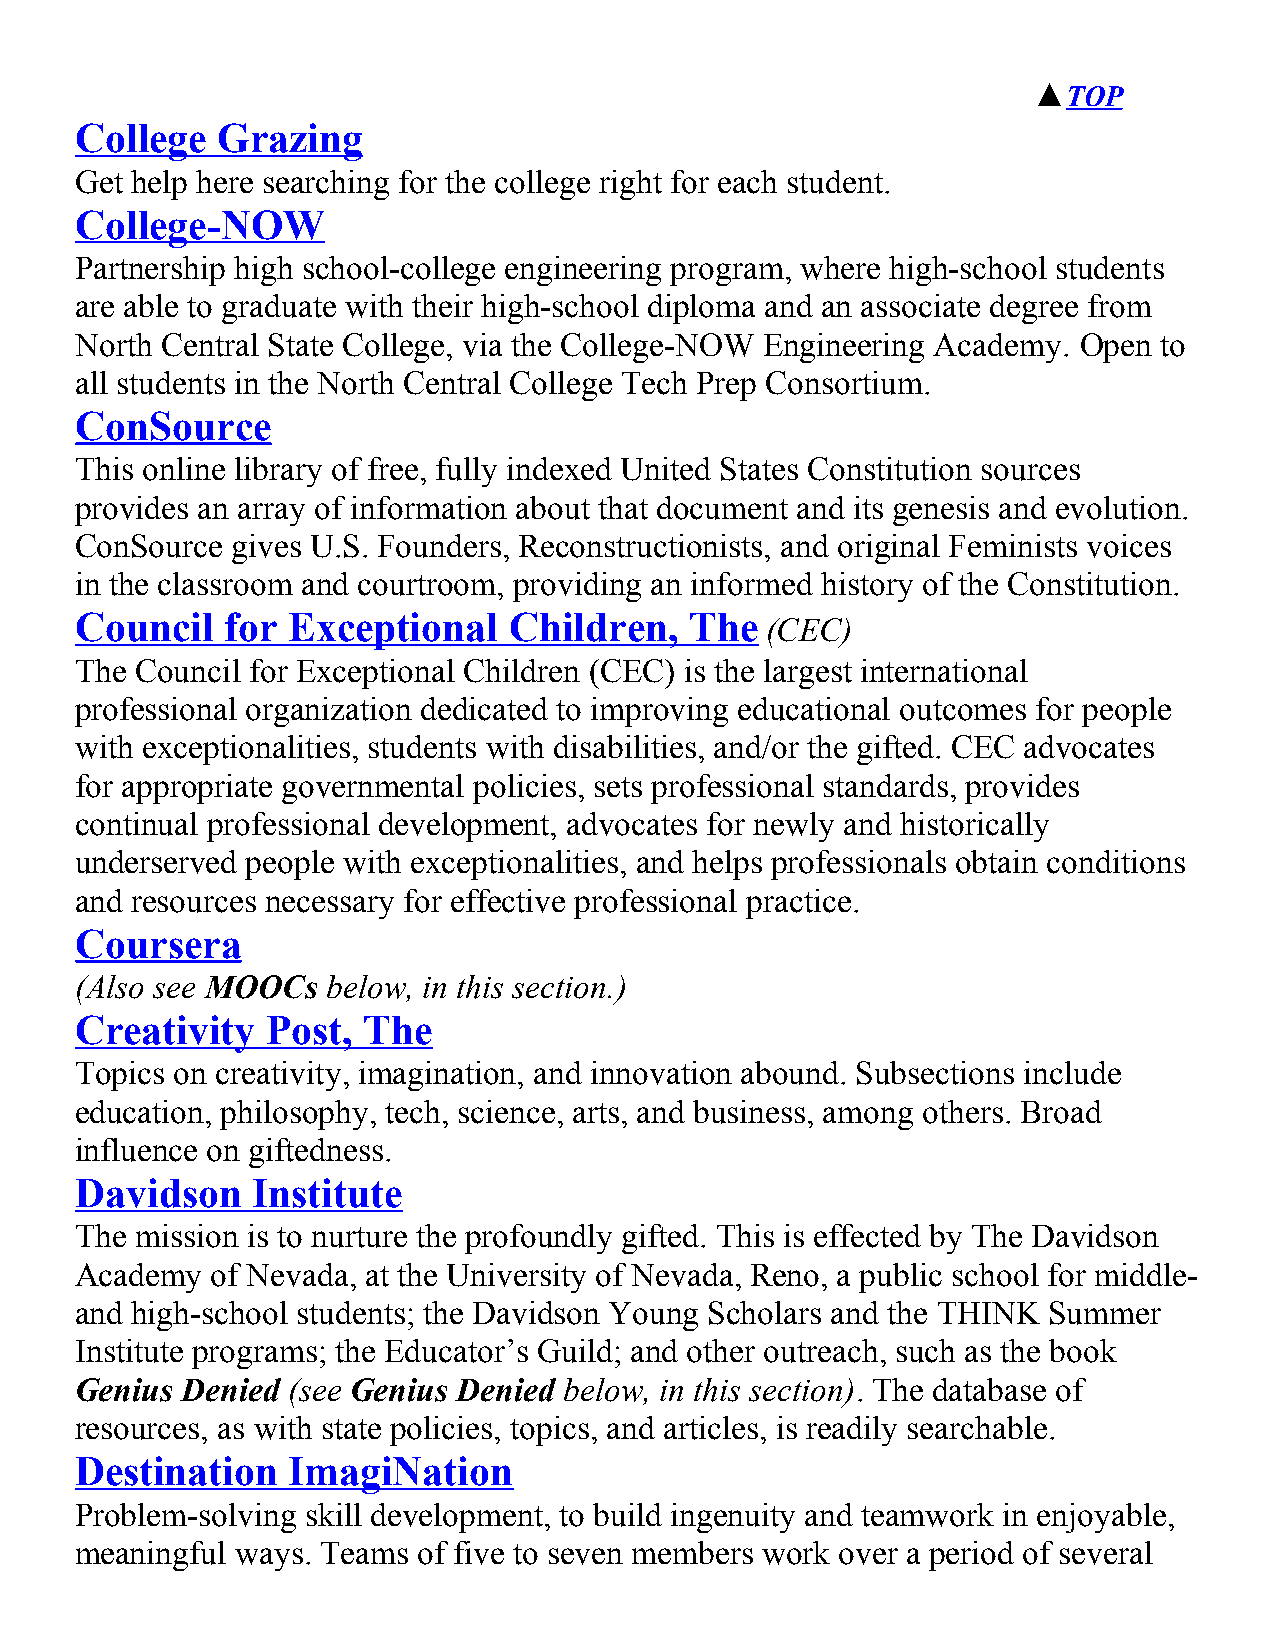
▲TOP
 College  Grazing
 Get help here searching for the college right for each student.
 College-NOW
 Partnership high school-college engineering program, where high-school students
 are able to graduate with their high-school diploma and an associate degree from
 North Central State College, via the College-NOW Engineering Academy. Open to
 all students in the North Central College Tech Prep Consortium.
 ConSource
 This online library of free, fully indexed United States Constitution sources
 provides an array of information about that document and its genesis and evolution.
 ConSource gives U.S. Founders, Reconstructionists, and original Feminists voices
 in the classroom and courtroom, providing an informed history of the Constitution.
 Council   for Exceptional    Children,   The
 (CEC)
 The Council for Exceptional Children (CEC) is the largest international
 professional organization dedicated to improving educational outcomes for people
 with exceptionalities, students with disabilities, and/or the gifted. CEC advocates
 for appropriate governmental policies, sets professional standards, provides
 continual professional development, advocates for newly and historically
 underserved people with exceptionalities, and helps professionals obtain conditions
 and resources necessary for effective professional practice.
 Coursera
 (Also see MOOCs  below, in this section.)
 Creativity   Post, The
 Topics on creativity, imagination, and innovation abound. Subsections include
 education, philosophy, tech, science, arts, and business, among others. Broad
 influence on giftedness.
 Davidson    Institute
 The mission is to nurture the profoundly gifted. This is effected by The Davidson
 Academy  of Nevada, at the University of Nevada, Reno, a public school for middle-
 and high-school students; the Davidson Young Scholars and the THINK Summer
 Institute programs; the Educator’s Guild; and other outreach, such as the book
 Genius Denied (see Genius Denied below, in this section). The database of
 resources, as with state policies, topics, and articles, is readily searchable.
 Destination   ImagiNation
 Problem-solving skill development, to build ingenuity and teamwork in enjoyable,
 meaningful ways. Teams of five to seven members work over a period of several